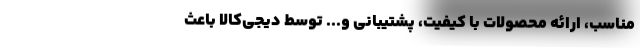
مناسب،‌ ارائه محصولات با کیفیت،‌ پشتیبانی و... توسط دیجی‌کالا باعث